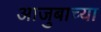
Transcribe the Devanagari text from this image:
आजुबाच्या